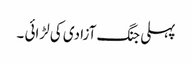
پہلی جنگ آزادی کی لڑائی ۔